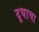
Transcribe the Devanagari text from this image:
दूधाचा